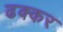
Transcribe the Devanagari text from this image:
ढक्कर